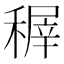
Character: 稺